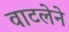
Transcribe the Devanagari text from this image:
वाटलेने